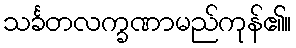
သင်္ခတလက္ခဏာမည်ကုန်၏။